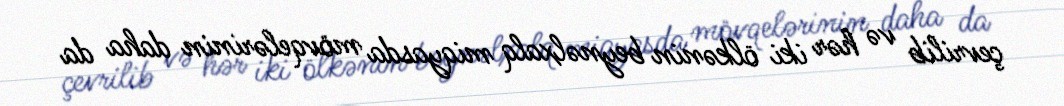
çevrilib və hər iki ölkənin beynəlxalq miqyasda mövqelərinin daha da